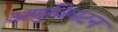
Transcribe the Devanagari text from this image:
अणुविघटन